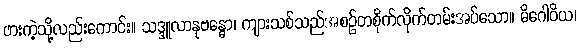
ဖားကဲ့သို့လည်းကောင်း။ သဒ္ဒူလာနုဗန္ဓော၊ ကျားသစ်သည်အစဉ်တစိုက်လိုက်တမ်းအပ်သော။ မိဂေါဝိယ၊